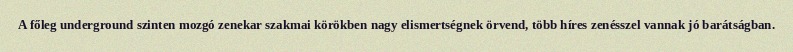
A főleg underground szinten mozgó zenekar szakmai körökben nagy elismertségnek örvend, több híres zenésszel vannak jó barátságban.